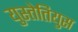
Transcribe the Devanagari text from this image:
युस्तेतियुस